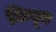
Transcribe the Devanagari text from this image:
निम्बूज